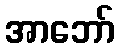
အာဘော်